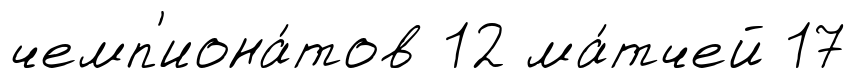
чемп'иона́тов 12 ма́тчей 17